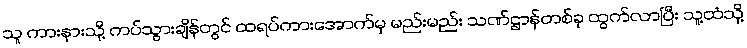
သူ ကားနားသို့ ကပ်သွားချိန်တွင် ထရပ်ကားအောက်မှ မည်းမည်း သဏ်ဌာန်တစ်ခု ထွက်လာပြီး သူ့ထံသို့